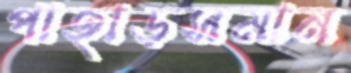
পাহাড়সমান